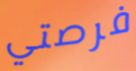
فرصتي